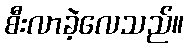
စီးလာခဲ့လေသည်။